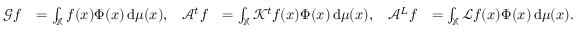
\begin{array} { r l r l r l } { \mathcal { G } f } & { = \int _ { \mathbb { X } } f ( x ) \Phi ( x ) \, \mathrm { d } \mu ( x ) , } & { \mathcal { A } ^ { t } f } & { = \int _ { \mathbb { X } } \mathcal { K } ^ { t } f ( x ) \Phi ( x ) \, \mathrm { d } \mu ( x ) , } & { \mathcal { A } ^ { L } f } & { = \int _ { \mathbb { X } } \mathcal { L } f ( x ) \Phi ( x ) \, \mathrm { d } \mu ( x ) . } \end{array}